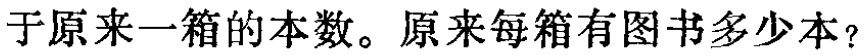
于原来一箱的本数。原来每箱有图书多少本？